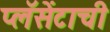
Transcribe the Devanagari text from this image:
प्लॅसेंटाची